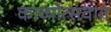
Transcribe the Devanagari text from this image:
काव्योत्सवात